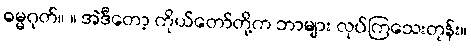
ဓမ္မဂုတ်။ ။ အဲဒီတော့ ကိုယ်တော်တို့က ဘာများ လုပ်ကြသေးတုန်း။